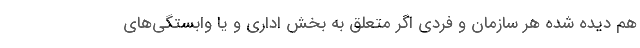
هم دیده شده هر سازمان و فردی اگر متعلق به بخش اداری و یا وابستگی‌های